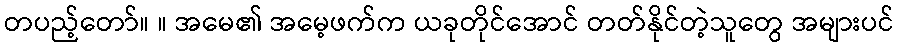
တပည့်တော်။ ။ အမေ၏ အမေ့ဖက်က ယခုတိုင်အောင် တတ်နိုင်တဲ့သူတွေ အများပင်